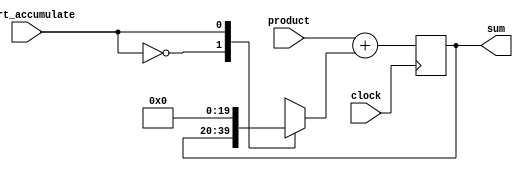
module adder(input clock
           , input [16:0] product
           , input start_accumulate
           , output reg [19:0] sum);

reg [19:0] sum_internal;
reg [19:0] mux1_out;

always@(posedge clock)
begin
    sum <= sum_internal;
end

always@(*)
begin
    case(start_accumulate)
        1'b0: mux1_out = sum;
        1'b1: mux1_out = 0;
    endcase
    sum_internal = $signed(product) + $signed(mux1_out);
end

endmodule